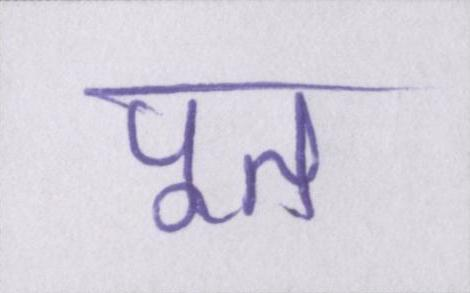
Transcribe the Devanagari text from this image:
पूत